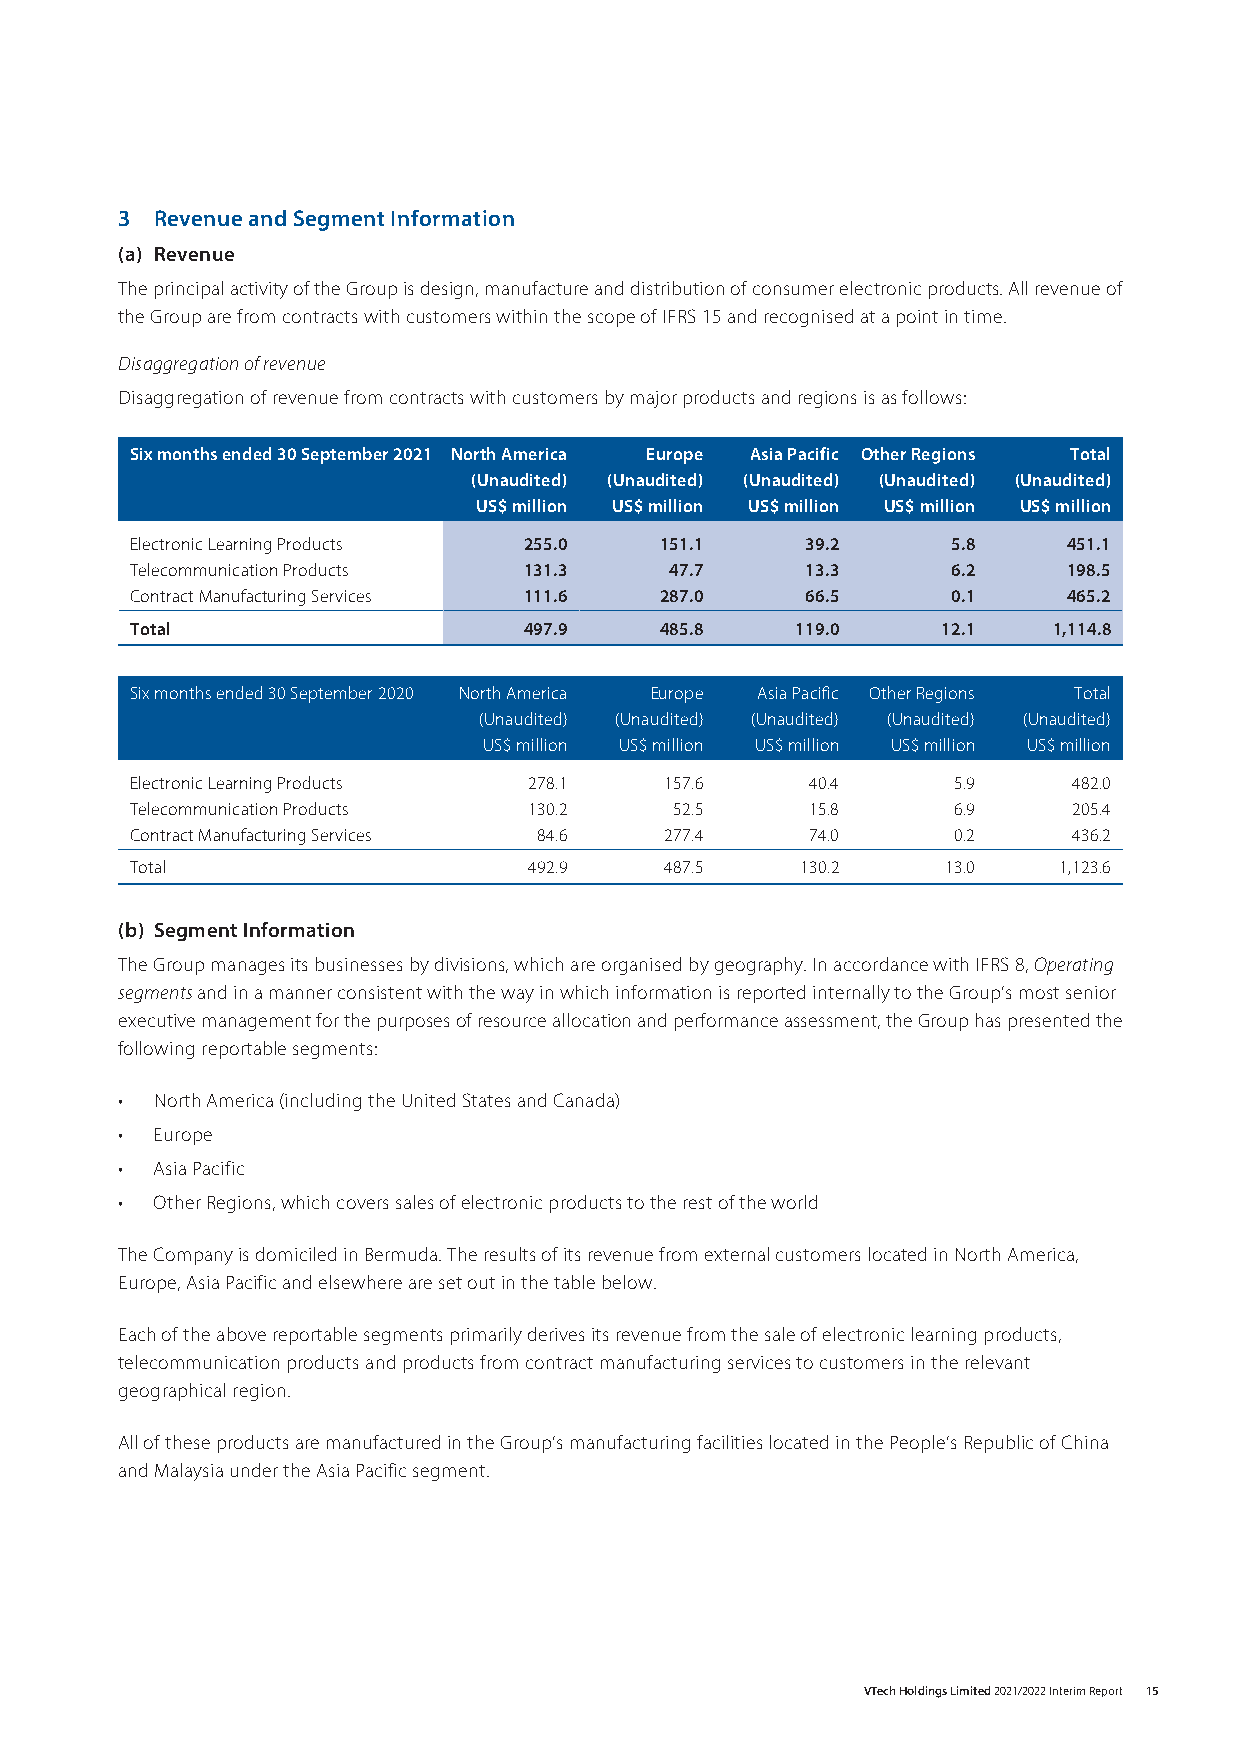
3 Revenue and Segment Information
 (a) Revenue
 The principal activity of the Group is design, manufacture and distribution of consumer electronic products. All revenue of
 the Group are from contracts with customers within the scope of IFRS 15 and recognised at a point in time.
 Disaggregation of revenue
 Disaggregation of revenue from contracts with customers by major products and regions is as follows:
 Six months ended 30 September 2021 North America Europe Asia Pacific Other Regions Total
 (Unaudited) (Unaudited) (Unaudited) (Unaudited) (Unaudited)
 US$ million US$ million US$ million US$ million US$ million
 Electronic Learning Products 255.0 151.1    39.2      5.8     451.1
 Telecommunication Products 131.3   47.7     13.3      6.2     198.5
 Contract Manufacturing Services 111.6 287.0 66.5      0.1     465.2
 Total                     497.9    485.8    119.0    12.1    1,114.8
 Six months ended 30 September 2020 North America Europe Asia Pacific Other Regions Total
 (Unaudited) (Unaudited) (Unaudited) (Unaudited) (Unaudited)
 US$ million US$ million US$ million US$ million US$ million
 Electronic Learning Products 278.1 157.6     40.4     5.9     482.0
 Telecommunication Products 130.2    52.5     15.8     6.9     205.4
 Contract Manufacturing Services 84.6 277.4   74.0     0.2     436.2
 Total                     492.9    487.5    130.2     13.0   1,123.6
 (b) Segment Information
 The Group manages its businesses by divisions, which are organised by geography. In accordance with IFRS 8, Operating
 segments and in a manner consistent with the way in which information is reported internally to the Group’s most senior
 executive management for the purposes of resource allocation and performance assessment, the Group has presented the
 following reportable segments:
 • North America (including the United States and Canada)
 • Europe
 • Asia Pacific
 • Other Regions, which covers sales of electronic products to the rest of the world
 The Company is domiciled in Bermuda. The results of its revenue from external customers located in North America,
 Europe, Asia Pacific and elsewhere are set out in the table below.
 Each of the above reportable segments primarily derives its revenue from the sale of electronic learning products,
 telecommunication products and products from contract manufacturing services to customers in the relevant
 geographical region.
 All of these products are manufactured in the Group’s manufacturing facilities located in the People’s Republic of China
 and Malaysia under the Asia Pacific segment.
 VTech Holdings Limited 2021/2022 Interim Report 15